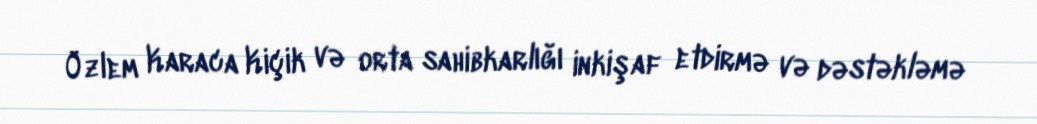
Özlem Karaca Kiçik və orta sahibkarlığı inkişaf etdirmə və dəstəkləmə